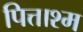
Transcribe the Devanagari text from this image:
पित्ताश्म